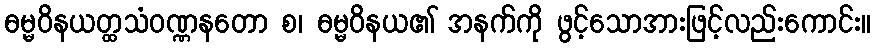
ဓမ္မဝိနယတ္ထသံဝဏ္ဏနတော စ၊ ဓမ္မဝိနယ၏ အနက်ကို ဖွင့်သောအားဖြင့်လည်းကောင်း။